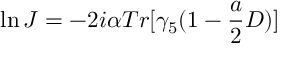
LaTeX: \ln J = - 2 i \alpha T r [ \gamma _ { 5 } ( 1 - \frac { a } { 2 } D ) ]